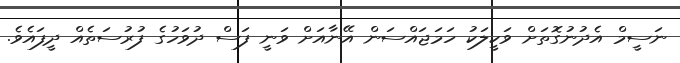
ނަސީމް އެދުނުގޮތަށް ވަކީލަކު ހަމަޖައްސަން އޭނާއަށް ވަނީ ފަސް ދުވަހުގެ ފުރުސަތެއް ދީފައެވެ.